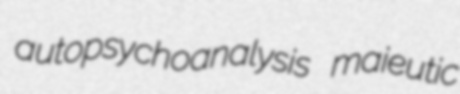
autopsychoanalysis maieutic